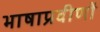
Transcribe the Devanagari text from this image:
भाषाप्रवीणों